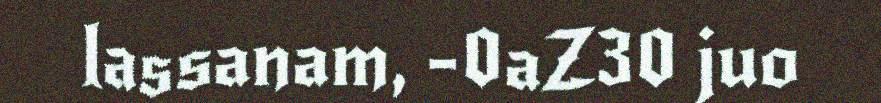
lassanam, -0aZ30 juo